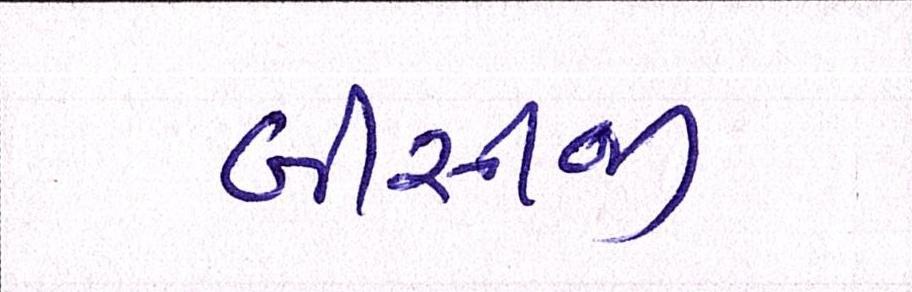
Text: બીસીજી